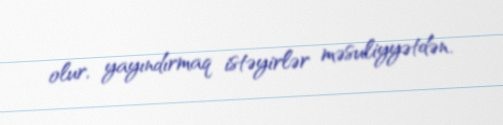
olur, yayındırmaq istəyirlər məsuliyyətdən.